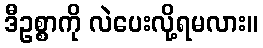
ဒီဥစ္စာကို လဲပေးလို့ရမလား။